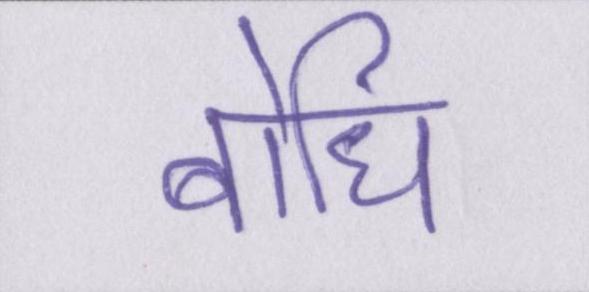
बोधि